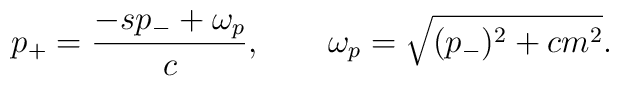
p_+={-sp_-+\omega_p\over c}, \qquad \omega_p=\sqrt{(p_-)^2+cm^2} .